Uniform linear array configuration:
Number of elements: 4
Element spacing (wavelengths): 0.5
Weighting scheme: exponential
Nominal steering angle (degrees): -15
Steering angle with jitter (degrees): -15.34
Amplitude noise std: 0.05
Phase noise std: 0.05

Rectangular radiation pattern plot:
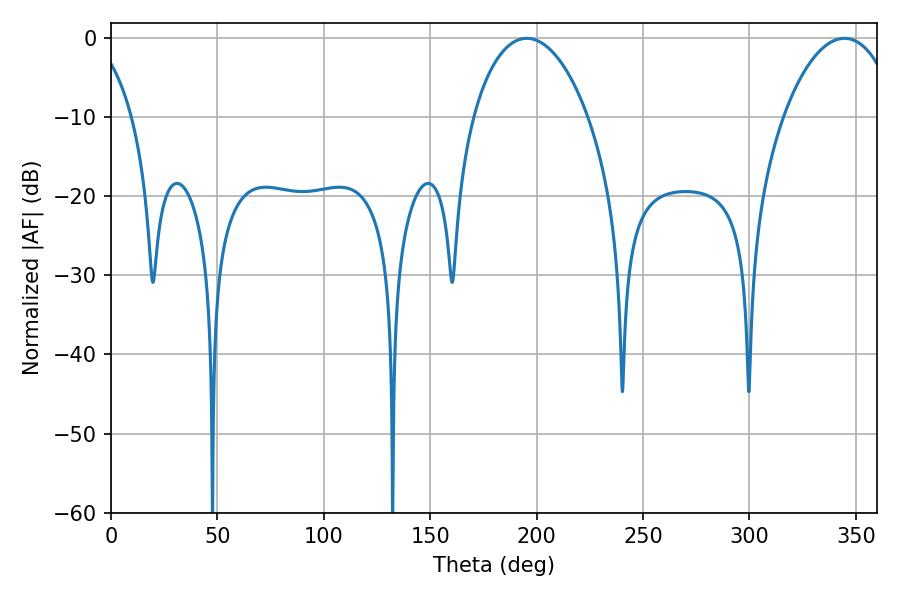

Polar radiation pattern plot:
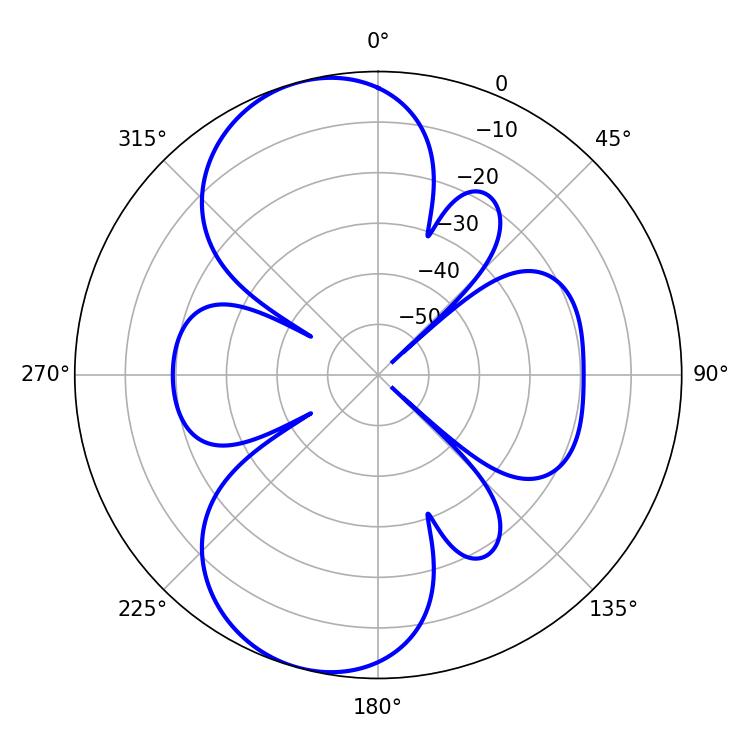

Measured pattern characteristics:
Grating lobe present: FALSE
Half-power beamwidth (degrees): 30.78
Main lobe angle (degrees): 195.3